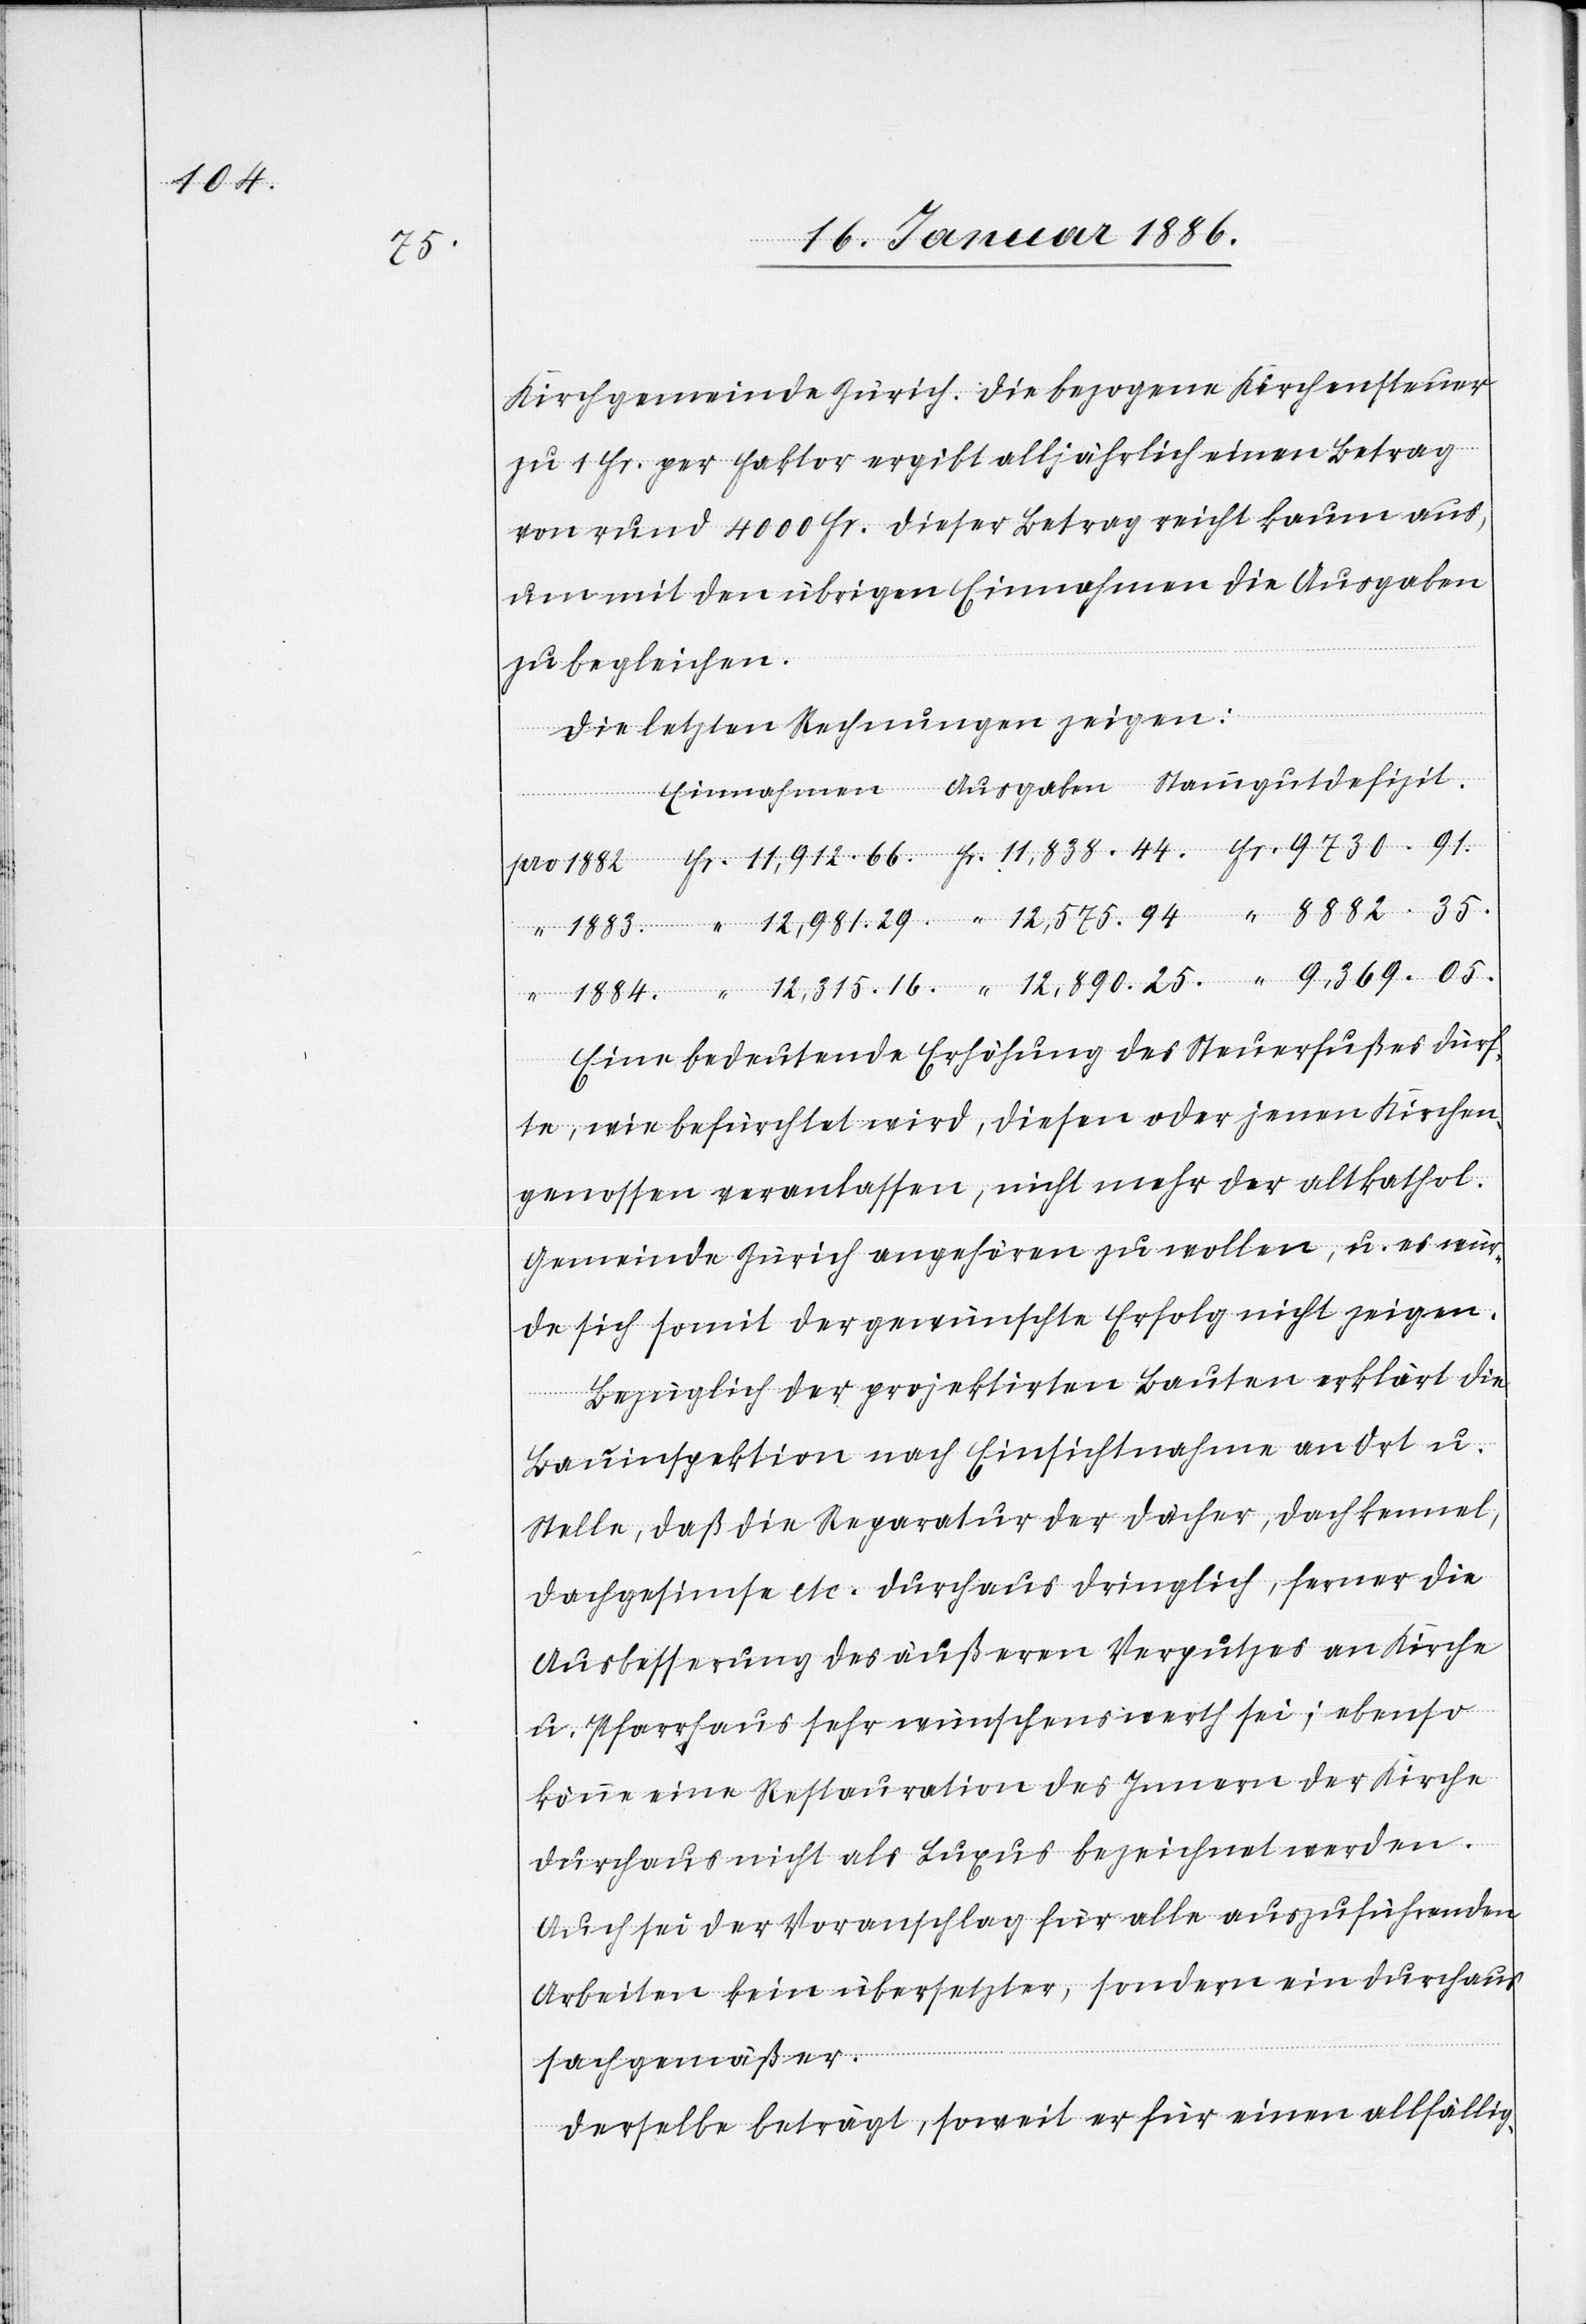
1884.

1883.

Kirchgemeinde Zürich. Die bezogene Kirchensteuer
zu 1 Fr. per Faktor ergibt alljährlich einen Betrag
von rund 4000 Fr. Dieser Betrag reicht kaum aus,
um mit den übrigen Einnahmen die Ausgaben
zu begleichen.
Die letzten Rechnungen zeigen:
Eine bedeutende Erhöhung des Steuerfußes dürf¬
te, wie befürchtet wird, diese oder jene Kirchen¬
genossen veranlassen, nicht mehr der altkathol.
Gemeinde Zürich angehören zu wollen, u. es wür¬
de sich somit der gewünschte Erfolg nicht zeigen.
Bezüglich der projektierten Baute erklärt die
Bauinspektion nach Einsichtnahme an Ort u.
Stelle, daß die Reparatur der Dächer, Dachkennel,
Dachgesimse etc. durchaus dringlich, ferner die
Ausbesserung des äußern Verputzes an Kirche
u. Pfarrhaus sehr wünschenswerth sei; ebenso
könne eine Restauration des Innern der Kirche
durchaus nicht als Luxus bezeichnet werden.
Auch sei der Voranschlag für alle auszuführenden
Arbeiten kein übersetzter, sondern ein durchaus
fachgemäßer.
Derselbe beträgt, soweit er für einen allfällig-